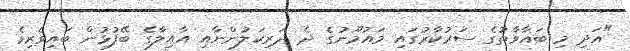
"އަދި މި ބަޣާވާތުގެ ސަރުކާރުގައި މައުމޫނުގެ ދެ ދަރިކަލުންނާއި އާއިލާގެ ބޭފުޅުން ބައިވެރިވެ